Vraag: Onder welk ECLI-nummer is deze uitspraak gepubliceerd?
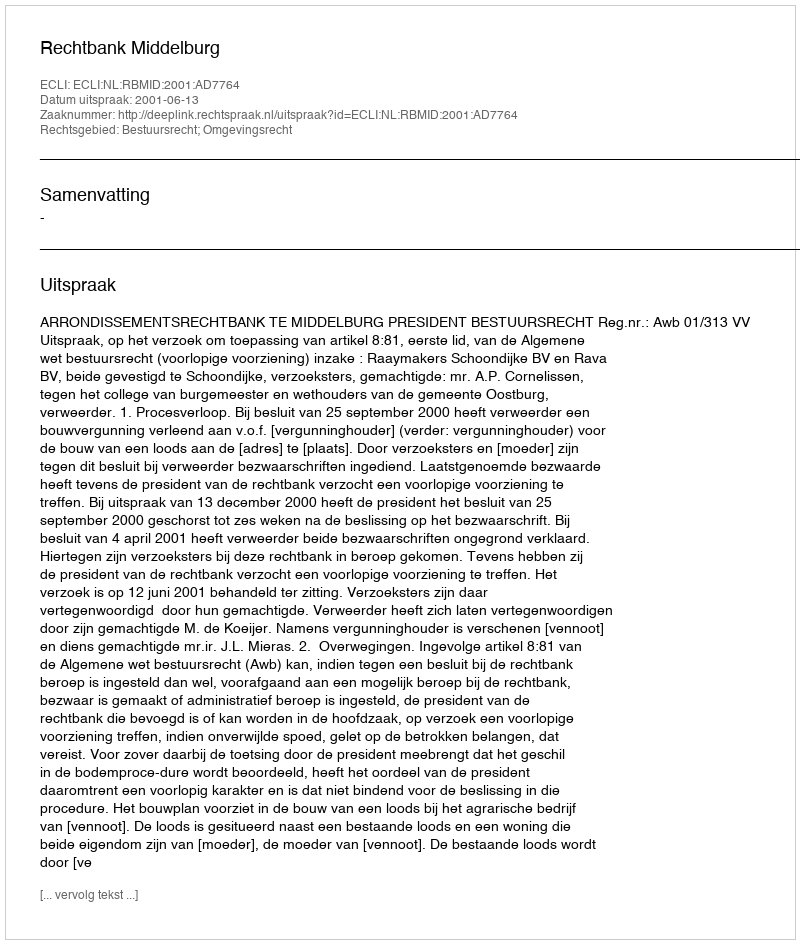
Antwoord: ECLI:NL:RBMID:2001:AD7764